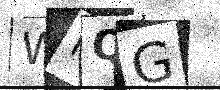
Text: WRQG